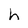
Character: h